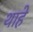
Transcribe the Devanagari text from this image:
थाहे